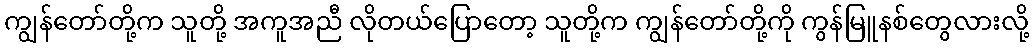
ကျွန်တော်တို့က သူတို့ အကူအညီ လိုတယ်ပြောတော့ သူတို့က ကျွန်တော်တို့ကို ကွန်မြူနစ်တွေလားလို့